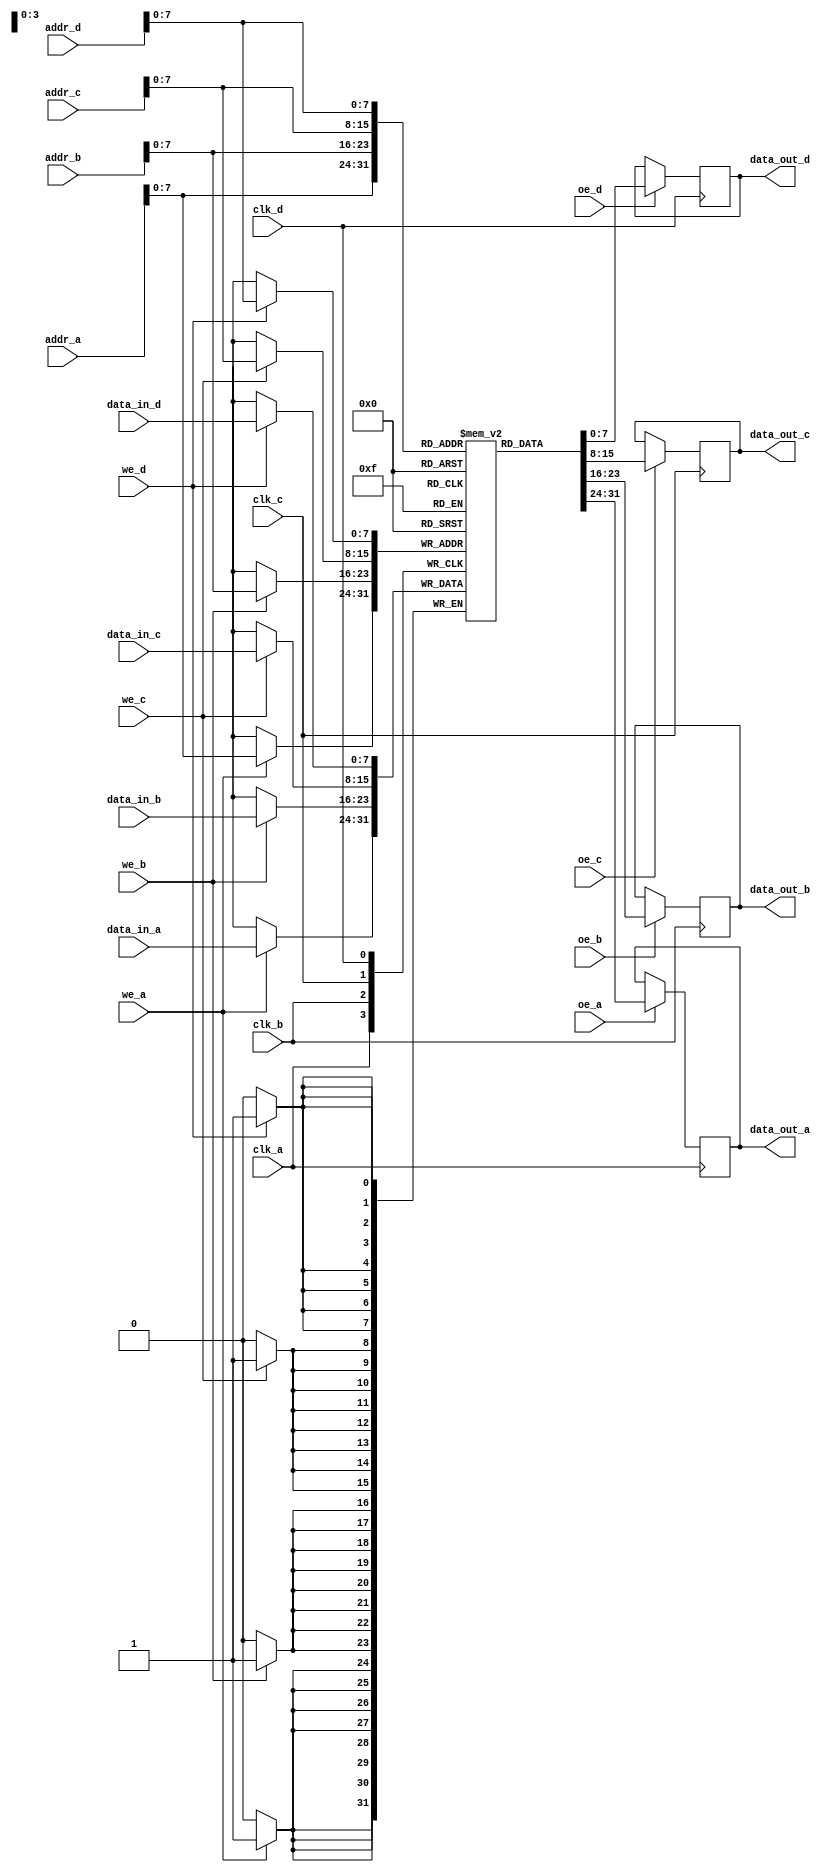
module quad_port_sram #(
    parameter NUM_ROWS = 256,    // Number of memory locations
    parameter NUM_COLS = 8       // Bit width of each memory location
)(
    // Port A
    input  wire [NUM_ROWS-1:0] addr_a,
    input  wire [NUM_COLS-1:0] data_in_a,
    output reg  [NUM_COLS-1:0] data_out_a,
    input  wire we_a,
    input  wire oe_a,
    input  wire clk_a,

    // Port B
    input  wire [NUM_ROWS-1:0] addr_b,
    input  wire [NUM_COLS-1:0] data_in_b,
    output reg  [NUM_COLS-1:0] data_out_b,
    input  wire we_b,
    input  wire oe_b,
    input  wire clk_b,

    // Port C
    input  wire [NUM_ROWS-1:0] addr_c,
    input  wire [NUM_COLS-1:0] data_in_c,
    output reg  [NUM_COLS-1:0] data_out_c,
    input  wire we_c,
    input  wire oe_c,
    input  wire clk_c,

    // Port D
    input  wire [NUM_ROWS-1:0] addr_d,
    input  wire [NUM_COLS-1:0] data_in_d,
    output reg  [NUM_COLS-1:0] data_out_d,
    input  wire we_d,
    input  wire oe_d,
    input  wire clk_d
);

    // Declare memory array
    reg [NUM_COLS-1:0] memory [0:NUM_ROWS-1];

    // Port A Control Logic
    always @(posedge clk_a) begin
        if (we_a) begin
            memory[addr_a] <= data_in_a; // Write data
        end
        if (oe_a) begin
            data_out_a <= memory[addr_a]; // Read data
        end
    end

    // Port B Control Logic
    always @(posedge clk_b) begin
        if (we_b) begin
            memory[addr_b] <= data_in_b; // Write data
        end
        if (oe_b) begin
            data_out_b <= memory[addr_b]; // Read data
        end
    end

    // Port C Control Logic
    always @(posedge clk_c) begin
        if (we_c) begin
            memory[addr_c] <= data_in_c; // Write data
        end
        if (oe_c) begin
            data_out_c <= memory[addr_c]; // Read data
        end
    end

    // Port D Control Logic
    always @(posedge clk_d) begin
        if (we_d) begin
            memory[addr_d] <= data_in_d; // Write data
        end
        if (oe_d) begin
            data_out_d <= memory[addr_d]; // Read data
        end
    end

endmodule